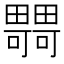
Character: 𤳴